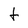
Character: t